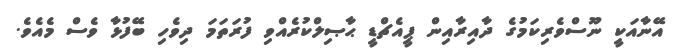
އޭނާއަކީ ނޫސްވެރިކަމުގެ ދާއިރާއިން ޕީއެޗްޑީ ޙާޞިލްކުރެއްވި ފުރަތަމަ ދިވެހި ބޭފުޅާ ވެސް މެއެވެ.